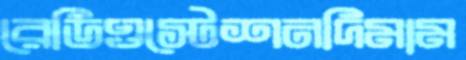
রেডিওস্টেশনদিমাম